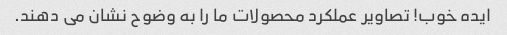
ایده خوب! تصاویر عملکرد محصولات ما را به وضوح نشان می دهند.